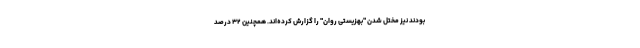
بودند نیز مختل شدن "بهزیستی روان" را گزارش کرده‌اند. همچنین ۳۲ درصد